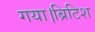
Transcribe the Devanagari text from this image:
गया।ब्रिटिश